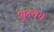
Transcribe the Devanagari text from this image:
शून्यच